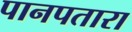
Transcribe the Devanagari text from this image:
पानपतारा